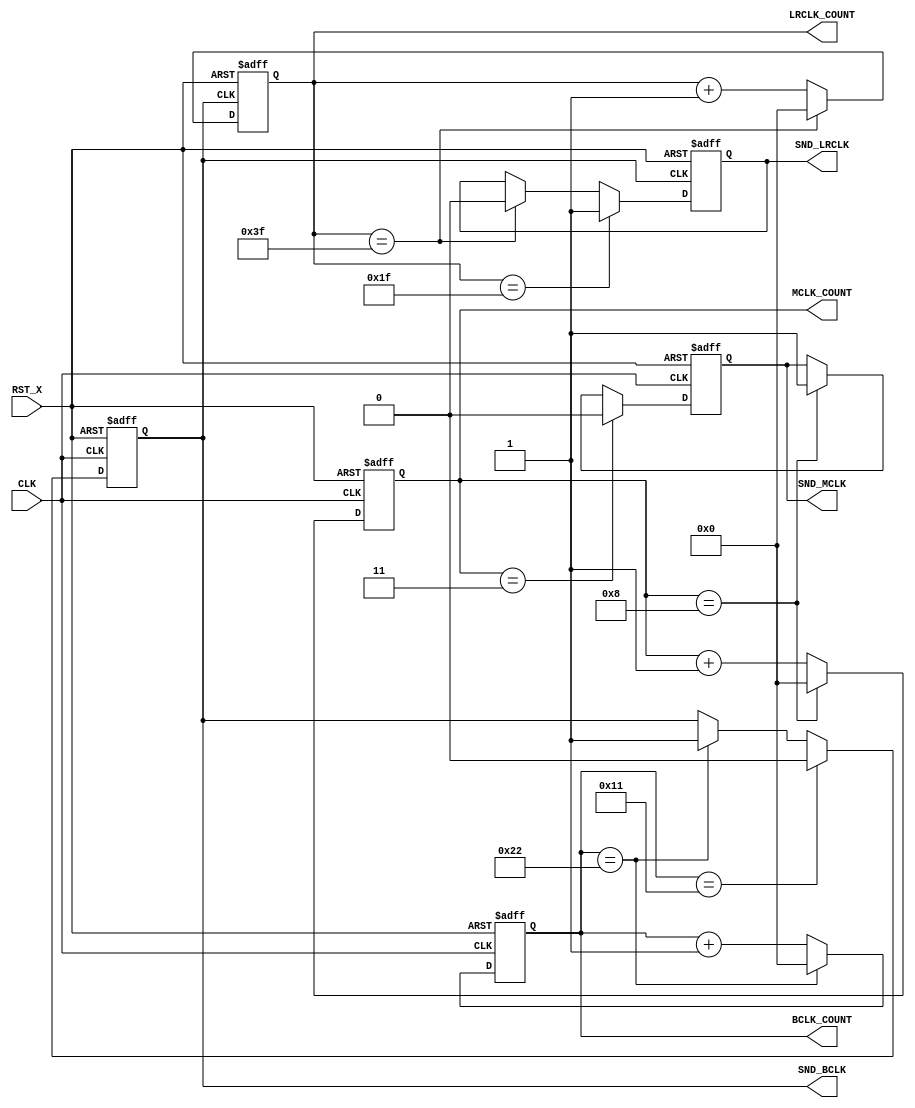
module snd_clkgen
  (
   input         CLK,
   input         RST_X,

   output reg SND_LRCLK,
   output reg SND_BCLK,
   output reg SND_MCLK,
   output [6:0] LRCLK_COUNT,
   output [6:0] BCLK_COUNT,
   output [6:0] MCLK_COUNT
   );


	reg[6:0] lrclk_count ; //0-63 7bit
	reg[6:0] bclk_count ; //0-34 7bit
	reg[6:0] mclk_count ; //0-8 7bit

	assign LRCLK_COUNT = lrclk_count;
	assign BCLK_COUNT = bclk_count;
	assign MCLK_COUNT = mclk_count;

	// mclk_count
	always @ (negedge CLK or negedge RST_X) begin
        if( !RST_X )
			mclk_count <= 0;
		else if(mclk_count == 8)
			mclk_count <= 0;
		else
			mclk_count <= mclk_count + 1;
	end

	// bclk_count
	always @ (negedge CLK or negedge RST_X) begin
        if( !RST_X )
			bclk_count <= 0;
		else if(bclk_count == 34)
			bclk_count <= 0;
		else
			bclk_count <= bclk_count + 1;
	end

 	// lrclk_count
	always @ (posedge SND_BCLK or negedge RST_X) begin
        if( !RST_X )
			lrclk_count <= 0;
		else if(lrclk_count == 63)
			lrclk_count <= 0;
		else
			lrclk_count <= lrclk_count + 1;
			/*
		else if(bclk_count == 17 && lrclk_count == 63)
			lrclk_count <= 0;
		else if(bclk_count == 17)
			lrclk_count <= lrclk_count + 1;
			*/
	end

	// SND_MCLK
    always @ (posedge CLK or negedge RST_X) begin
        if( !RST_X )
            SND_MCLK <= 1'b1;
		else begin
			if(mclk_count == 3)
				SND_MCLK <= 1'b0;
			else if(mclk_count == 8)
				SND_MCLK <= 1'b1;
        end
	end

	// SND_BCLK
    always @ (posedge CLK or negedge RST_X) begin
        if( !RST_X )
            SND_BCLK <= 1'b1;
		else begin
			if(bclk_count == 17)
				SND_BCLK <= 1'b0;
			else if(bclk_count == 34)
				SND_BCLK <= 1'b1;
        end
	end

	// SND_LRCLK
    always @ (negedge SND_BCLK or negedge RST_X) begin
        if( !RST_X )
            SND_LRCLK <= 1'b0;
		else begin
			if(lrclk_count == 31)
				SND_LRCLK <= 1'b1;
			else if(lrclk_count == 63)
				SND_LRCLK <= 1'b0;
        end
	end

endmodule